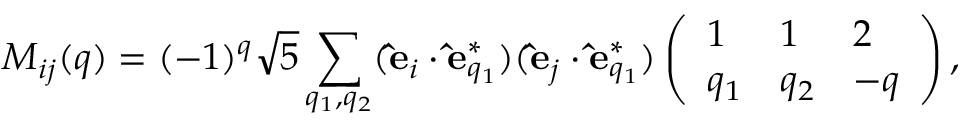
M _ { i j } ( q ) = ( - 1 ) ^ { q } \sqrt { 5 } \sum _ { q _ { 1 } , q _ { 2 } } ( \mathbf { \hat { e } } _ { i } \cdot \mathbf { \hat { e } } _ { q _ { 1 } } ^ { * } ) ( \mathbf { \hat { e } } _ { j } \cdot \mathbf { \hat { e } } _ { q _ { 1 } } ^ { * } ) \left( \begin{array} { l l l } { 1 } & { 1 } & { 2 } \\ { q _ { 1 } } & { q _ { 2 } } & { - q } \end{array} \right) ,